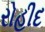
રોહીદ